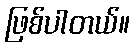
ဖြစ်ပါတယ်။